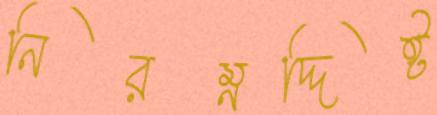
নিরম্নদ্দিষ্ট